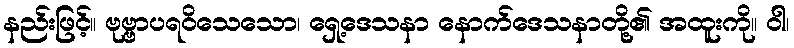
နည်းဖြင့်။ ဗုဗ္ဗာပရဝိသေသော၊ ရှေ့ဒေသနာ နောက်ဒေသနာတို့၏ အထူးကို။ ဝါ၊